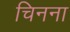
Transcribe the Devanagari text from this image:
चिनना